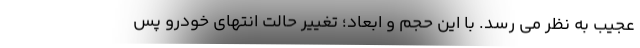
عجیب به نظر می رسد. با این حجم و ابعاد؛ تغییر حالت انتهای خودرو پس